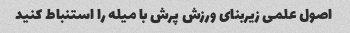
اصول علمی زیربنای ورزش پرش با میله را استنباط کنید